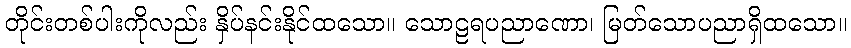
တိုင်းတစ်ပါးကိုလည်း နှိပ်နင်းနိုင်ထသော။ သောဠရပညာဏော၊ မြတ်သောပညာရှိထသော။